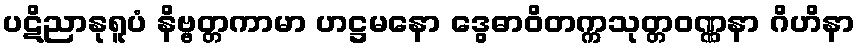
ပဋိညာနုရူပံ နိဗ္ဗတ္တကာမာ ဟဋ္ဌမနော ဒွေဓာဝိတက္ကသုတ္တဝဏ္ဏနာ ဂိဟိနာ